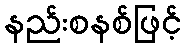
နည်းစနစ်ဖြင့်